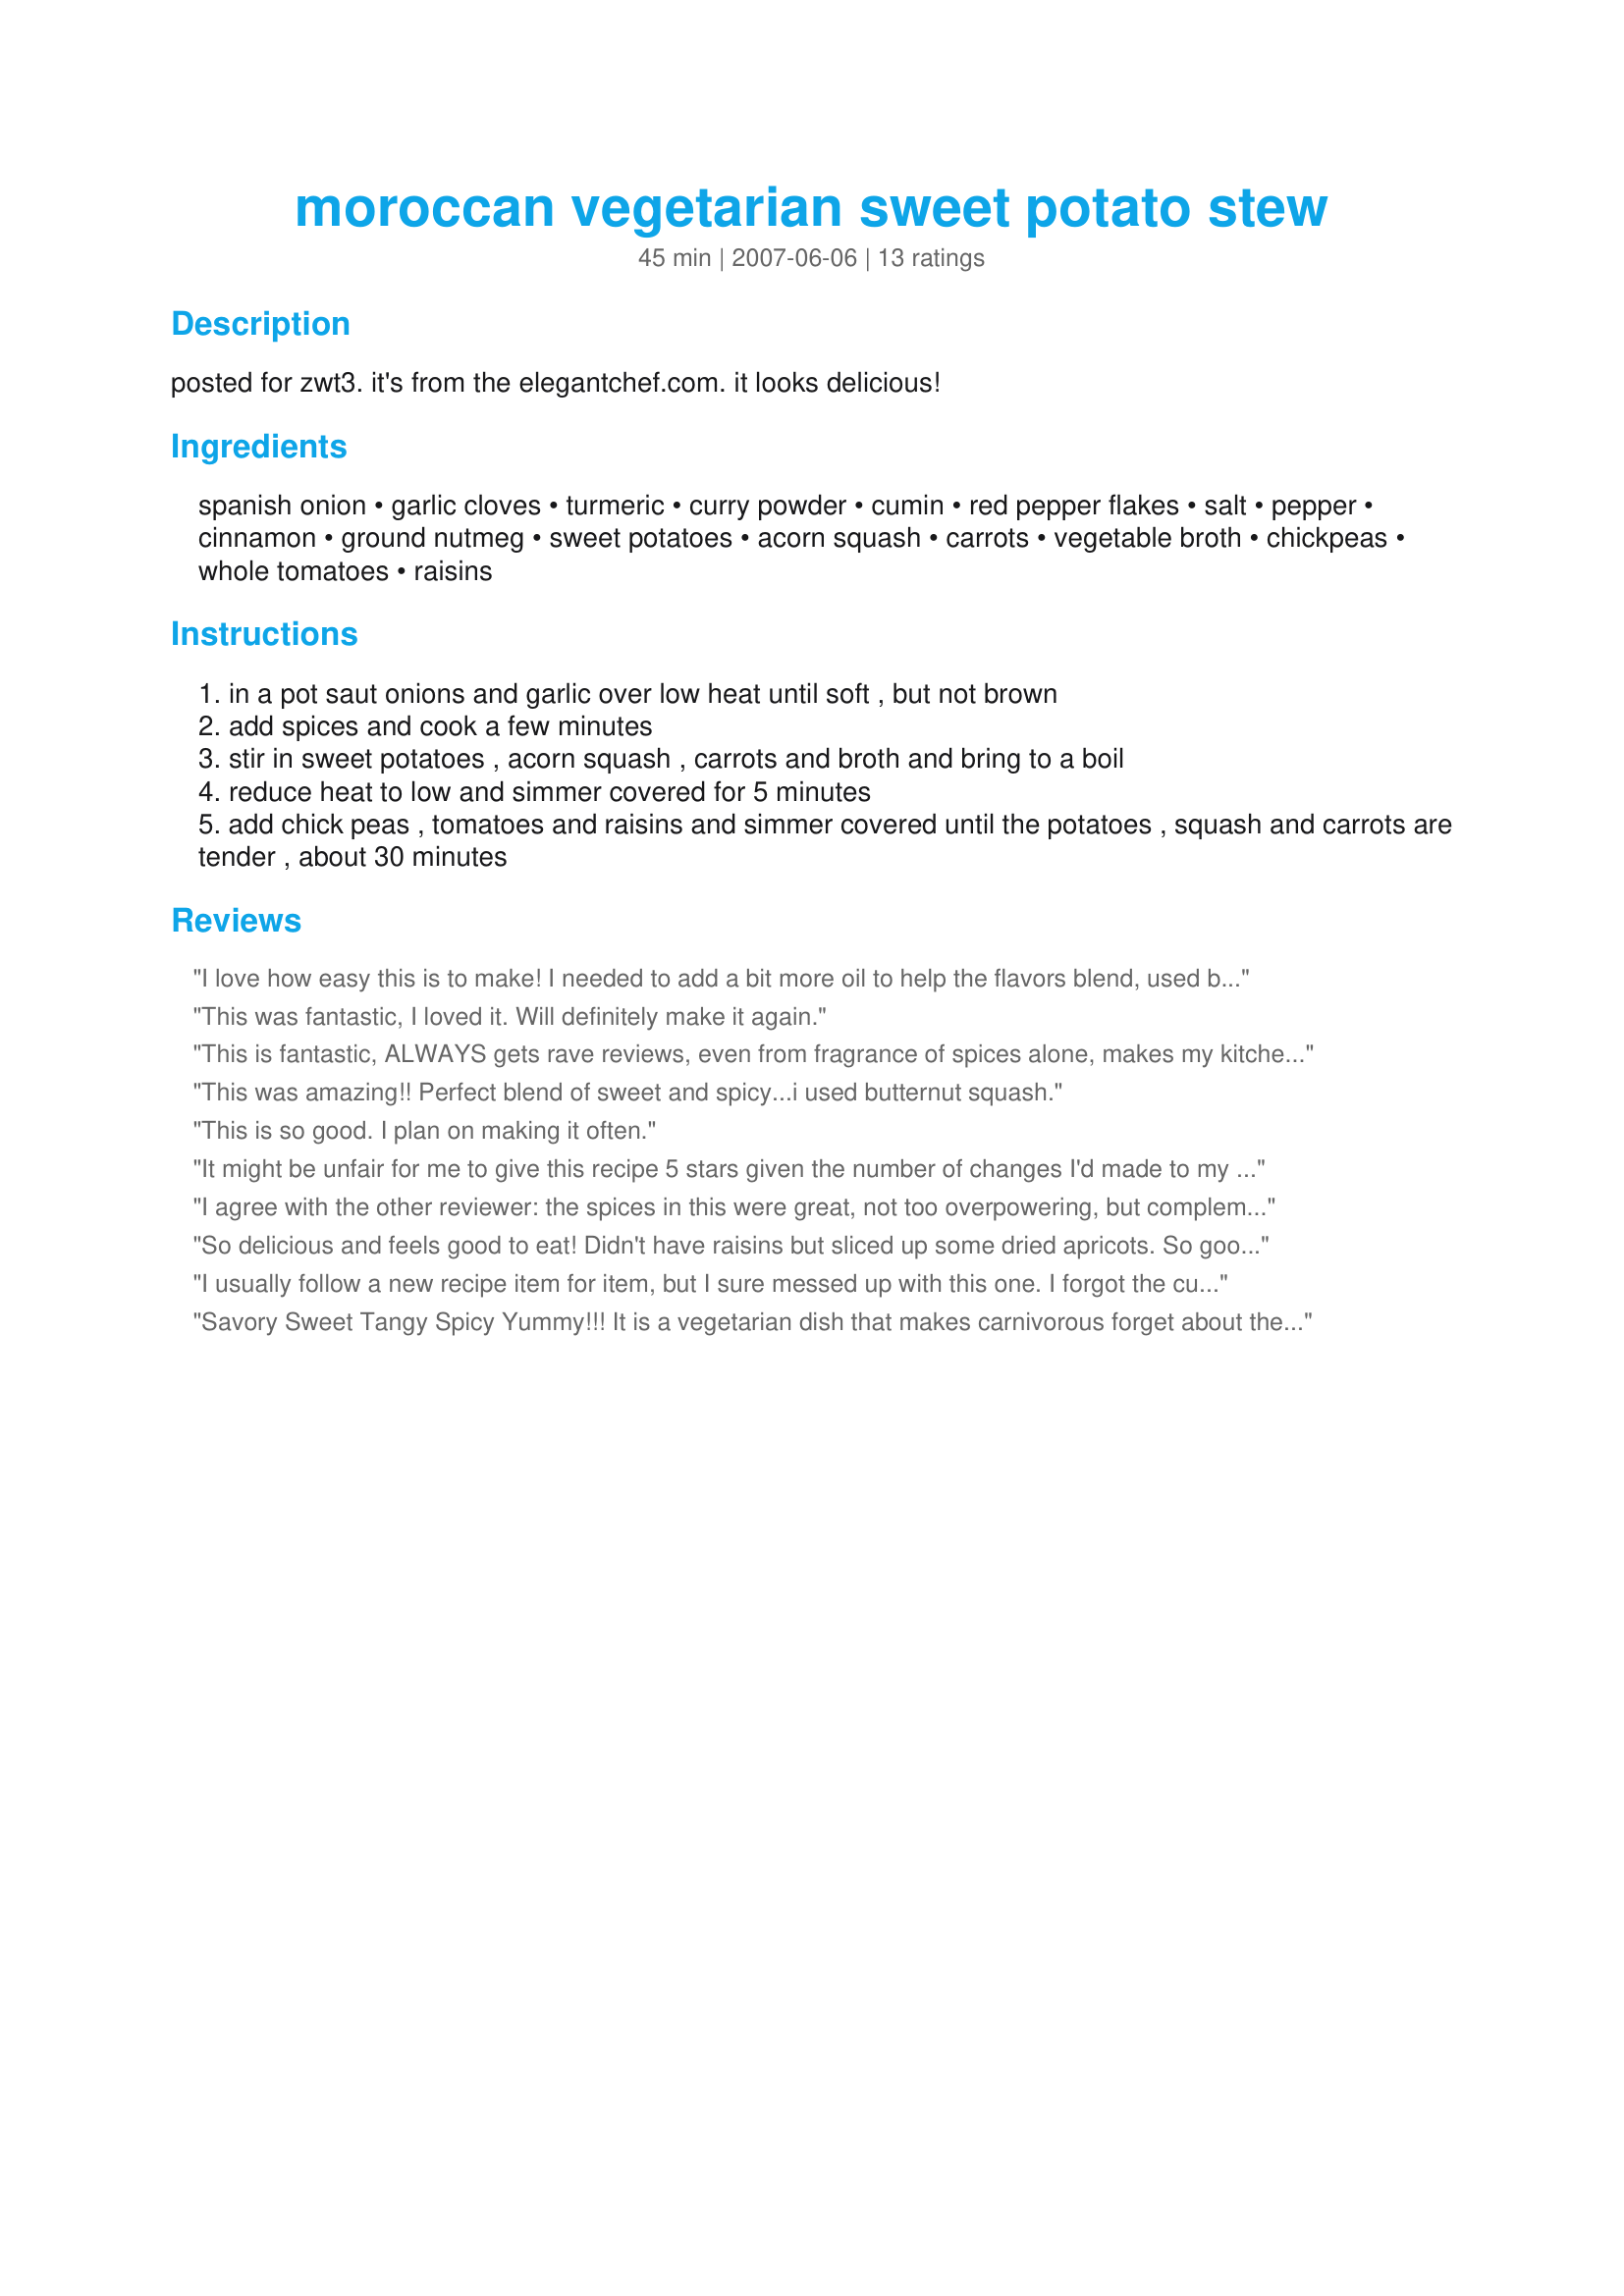
moroccan vegetarian sweet potato stew
Preparation time: 45 minutes

posted for zwt3. it's from the elegantchef.com. it looks delicious!

Ingredients:
spanish onion, garlic cloves, turmeric, curry powder, cumin, red pepper flakes, salt, pepper, cinnamon, ground nutmeg, sweet potatoes, acorn squash, carrots, vegetable broth, chickpeas, whole tomatoes, raisins

Steps:
in a pot saut onions and garlic over low heat until soft , but not brown
add spices and cook a few minutes
stir in sweet potatoes , acorn squash , carrots and broth and bring to a boil
reduce heat to low and simmer covered for 5 minutes
add chick peas , tomatoes and raisins and simmer covered until the potatoes , squash and carrots are tender , about 30 minutes

Reviews:
I love how easy this is to make! I needed to add a bit more oil to help the flavors blend, used butternut rather than acorn squash, and left out red pepper as we are not big hot-spice fans. Served with sprouted rice and everyone loved this. Thank you so much for posting it!
This was fantastic, I loved it. Will definitely make it again.
This is fantastic, ALWAYS gets rave reviews, even from fragrance of spices alone, makes my kitchen smell incredible.
This was amazing!! Perfect blend of sweet and spicy...i used butternut squash.
This is so good. I plan on making it often.
It might be unfair for me to give this recipe 5 stars given the number of changes I'd made to my version, but here it goes- Super flavorful; I didn't even need to add salt. Oh, and I didn't sautee the spices, because I had had a different idea for the spice profile at first, and sort of decided on using the ones listed in the recipe at the last minute.
I agree with the other reviewer: the spices in this were great, not too overpowering, but complemented the veggies nicely. Next time I make it I will leave out the acorn squash, as it was a big pain to peel and I felt it was the only vegetable that got kind of "lost" in the mix. Maybe substituting butternut squash or pumpkin would work. Thanks for posting this great recipe!
So delicious and feels good to eat! Didn't have raisins but sliced up some dried apricots. So good! Thanks for posting.
I usually follow a new recipe item for item, but I sure messed up with this one. I forgot the curry and the raisins! I will have to make this again and include the curry and raisins and serve it with either rice or naan. As it was made, it was very good. I used the top half of a butter nut squash because I didn&#039;t have any acorn squash. My wife said it was a bit too spicy for her likes, I found it a bit spicy myself but it was extremely tasty, even without the curry and raisins! I will make this again at least once more.
Savory Sweet Tangy Spicy Yummy!!! It is a vegetarian dish that makes carnivorous forget about the meat. Hearty and satisfying and to top it off very nutritious ingredients. Be sure not to burn the spices (might have happened to the person who rated this a one star) This is a recipe that is great for replacing meat (reducing food budget) by adding brown rice or any other whole grain- to get a complete protein. Use organic whenever possible. Happy Eating ;)
Served with sprouted brown rice.
Terrible taste. Took forever to fix. Going to throw it out!!!
Wow excellent Vegetarian dish! I had to leave out acorn squash and chickpeas because I didn't have them at home. However it didn't take way anything from this recipe. The spice was perfect, not overwhelming and not understated, I served the stew with rice. Thank you Mama2boys
